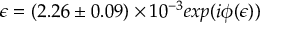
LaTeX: \epsilon = ( 2 . 2 6 \pm 0 . 0 9 ) \times 1 0 ^ { - 3 } e x p ( i \phi ( \epsilon ) )